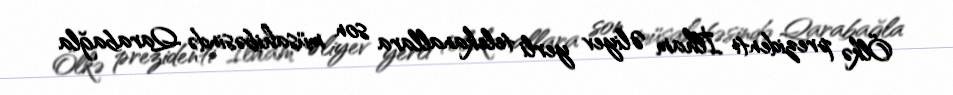
Ölkə prezidenti İlham Əliyev yerli telekanallara son müsahibəsində Qarabağla